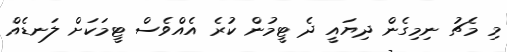
މި މެޗު ނިމިގެން ދިޔައީ ދެ ޓީމުން ކުރެ އެއްވެސް ޓީމަކަށް ލަނޑެއް